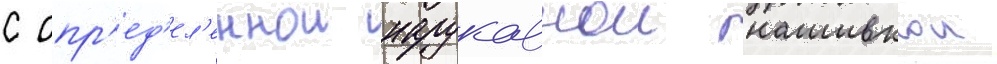
с опр'ед'ел'еннои нарукавнои нашивкои